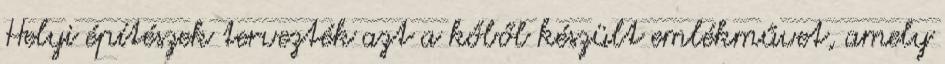
Helyi építészek tervezték azt a kőből készült emlékművet, amely